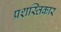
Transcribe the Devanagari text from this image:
प्रशस्तिकार